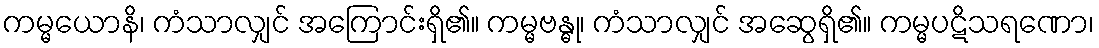
ကမ္မယောနိ၊ ကံသာလျှင် အကြောင်းရှိ၏။ ကမ္မဗန္ဓု၊ ကံသာလျှင် အဆွေရှိ၏။ ကမ္မပဋိသရဏော၊